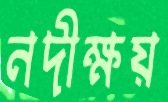
নদীক্ষয়